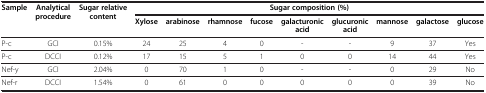
<table><thead><tr><td><b>Sample</b></td><td><b>Analytical procedure</b></td><td><b>Sugar relative content</b></td><td colspan="9"><b>Sugar composition (%)</b></td></tr><tr><td><b> </b></td><td><b> </b></td><td><b> </b></td><td><b>Xylose</b></td><td><b>arabinose</b></td><td><b>rhamnose</b></td><td><b>fucose</b></td><td><b>galacturonic acid</b></td><td><b>glucuronic acid</b></td><td><b>mannose</b></td><td><b>galactose</b></td><td><b>glucose</b></td></tr></thead><tbody><tr><td>P-c</td><td>GCI</td><td>0.15%</td><td>24</td><td>25</td><td>4</td><td>0</td><td>-</td><td>-</td><td>9</td><td>37</td><td>Yes</td></tr><tr><td>P-c</td><td>DCCI</td><td>0.12%</td><td>17</td><td>15</td><td>5</td><td>1</td><td>0</td><td>0</td><td>14</td><td>44</td><td>Yes</td></tr><tr><td>Nef-y</td><td>GCI</td><td>2.04%</td><td>0</td><td>70</td><td>1</td><td>0</td><td>-</td><td>-</td><td>0</td><td>29</td><td>No</td></tr><tr><td>Nef-r</td><td>DCCI</td><td>1.54%</td><td>0</td><td>61</td><td>0</td><td>0</td><td>0</td><td>0</td><td>0</td><td>39</td><td>No</td></tr></tbody></table>